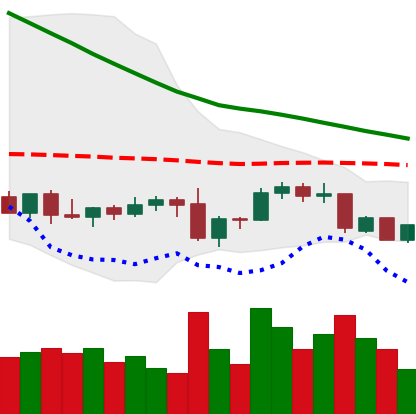
Ticker: DOGE-USD
Chart end date: 2022-09-16
Forward return: -4.996%
Label: down_3_5